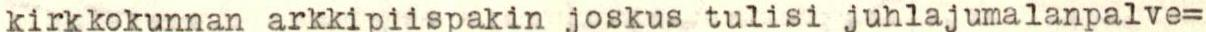
kirkkokunnan arkkipiispakin joskus tulisi juhlajumalanpalve=